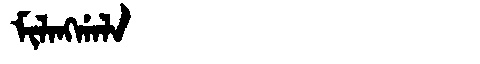
Manchu: ᠮᡳᠯᠠᠩᡤᠠᠯᠠ
Romanization: MILANGGALA